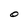
Character: O